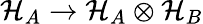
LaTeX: \mathcal{H}_{A}\to\mathcal{H}_{A}\otimes\mathcal{H}_{B}